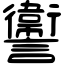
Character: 讏